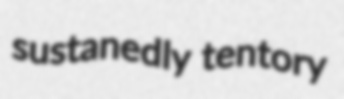
sustanedly tentory